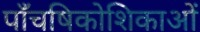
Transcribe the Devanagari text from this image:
पाँचषिकोशिकाओं